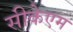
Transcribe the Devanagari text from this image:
सीकेएम